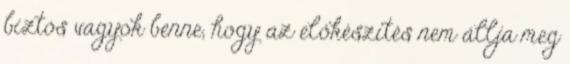
biztos vagyok benne, hogy az előkészítés nem állja meg